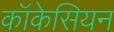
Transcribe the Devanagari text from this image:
कॉकेसियन